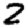
Digit: 2